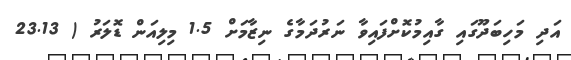
އަދި މަހިބަދޫގައި ގާއިމުކޮށްފައިވާ ނަރުދަމާގެ ނިޒާމަށް 1.5 މިލިއަން ޑޮލަރު ( 23.13